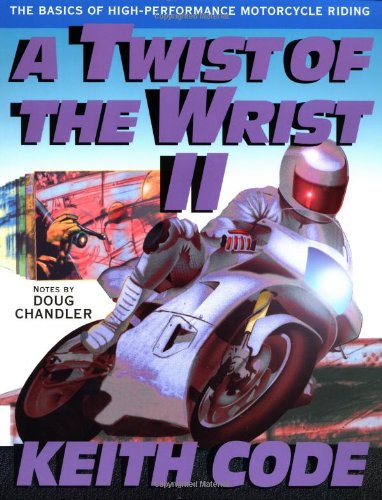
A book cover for A Twist of the Wrist Vol. 2: The Basics of High-Performance Motorcycle Riding; Keith Code; Engineering & Transportation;